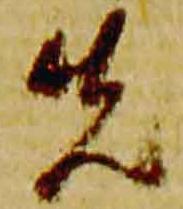
先